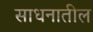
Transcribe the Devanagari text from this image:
साधनातील